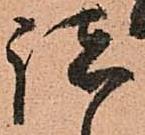
諸